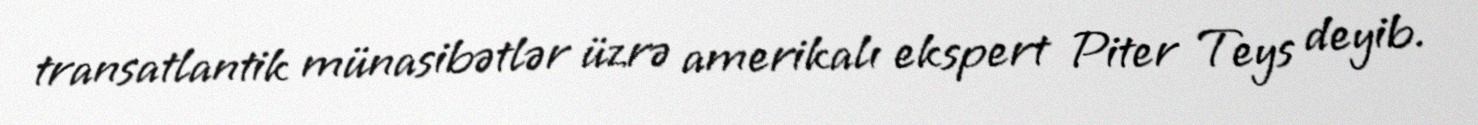
transatlantik münasibətlər üzrə amerikalı ekspert Piter Teys deyib.